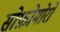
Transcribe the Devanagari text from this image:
सोफ़ोमोरों